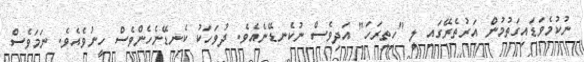
ނުކުމެވަޑައިގަތުމުން އަރުތެރޭގައި ލީ "ހިތިރަހަ" އަދިވެސް ނުކެނޑޭނެއެވެ. ދުވަހަކު ކެނޑޭނެހެންވެސް ހީނުވެއެވެ. ނަމަވެސް